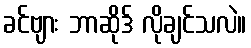
ခင်ဗျား ဘာဆိုဒ် လိုချင်သလဲ။